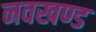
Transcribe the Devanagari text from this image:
नवखण्ड